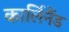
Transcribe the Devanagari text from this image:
कार्लिनैंड